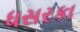
ધસરકા